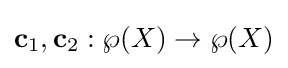
\mathbf {c} _{1},\mathbf {c} _{2}:\wp (X)\to \wp (X)